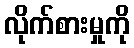
လိုက်စားမှုကို